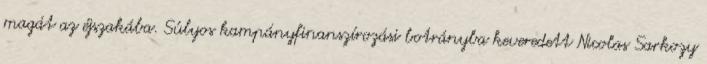
magát az éjszakába. Súlyos kampányfinanszírozási botrányba keveredett Nicolas Sarkozy